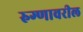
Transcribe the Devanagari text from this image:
रुग्णावरील